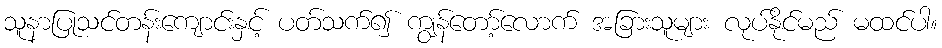
သူနာပြုသင်တန်းကျောင်းနှင့် ပတ်သက်၍ ကျွန်တော့်လောက် အခြားသူများ လုပ်နိုင်မည် မထင်ပါ။